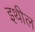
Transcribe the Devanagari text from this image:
इथील